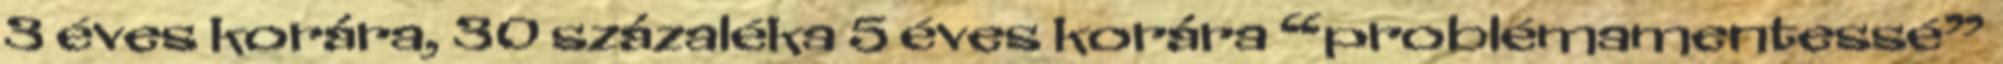
3 éves korára, 30 százaléka 5 éves korára “problémamentessé”